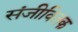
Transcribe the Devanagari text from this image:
संजीवितक